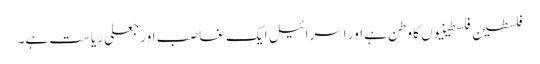
فلسطین فلسطینیوں کا وطن ہے اور اسرائیل ایک غاصب اور جعلی ریاست ہے۔